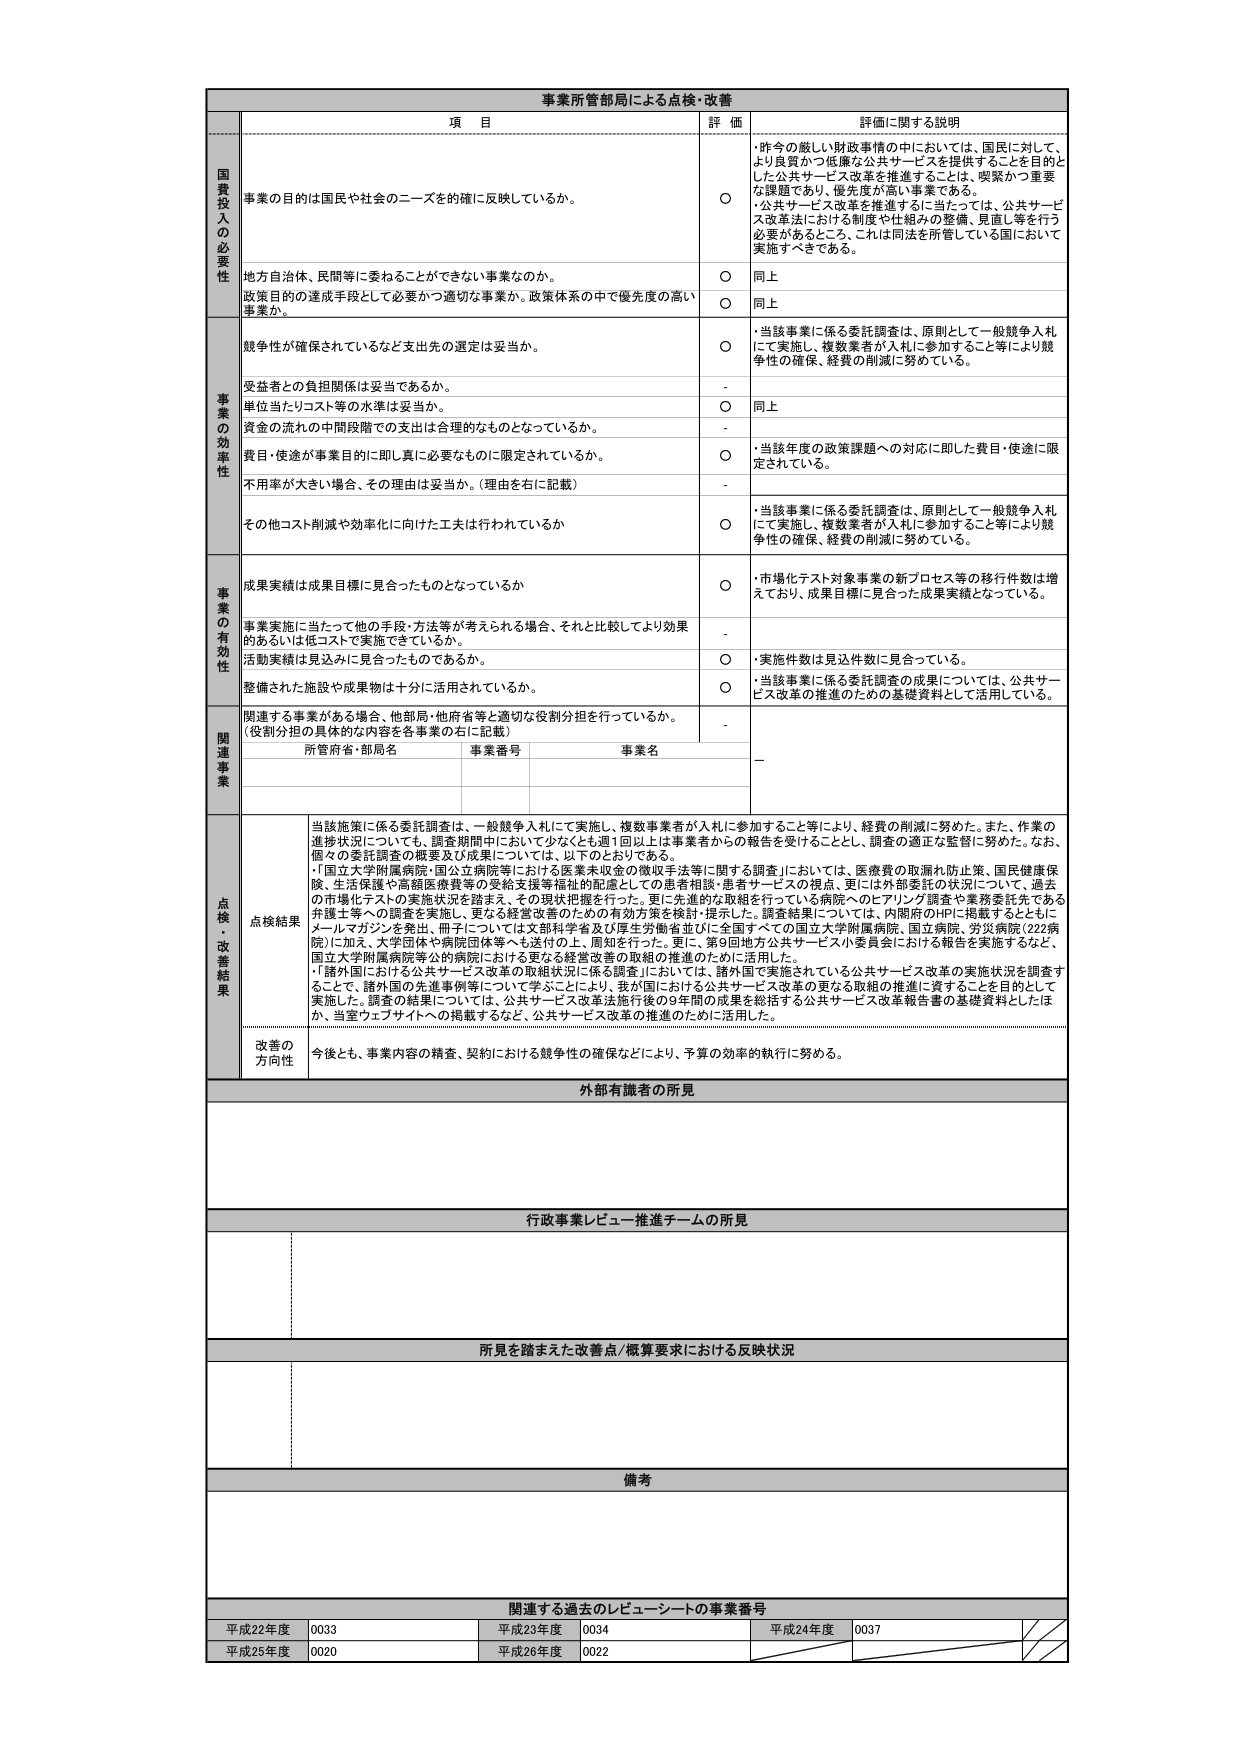
事業所管部局による点検・改善

項 目 詳 価 評価に関する説明

国費投入の必要性
事業の目的は国民と社会のニーズを的確に反映しているか。
○ ・昨今の厳しい財政事情の中においては、国民に対して、より良質かつ低廉な公共サービスを提供することを目的とした公共サービス改革を推進することは、喫緊かつ重要な課題であり、優先度が高い事業である。
・公共サービス改革を推進するに当たっては、公共サービス改革法における制度や仕組みの整備、見直し等を行う必要があるところ、これは同法を所管している国において実施すべきである。

地方自治体、民間等に委ねることができない事業なのか。
○ 同上

政策目的の達成手段として必要かつ適切な事業か。政策体系の中で優先度の高い事業か。
○ 同上

事業の効率性
競争性が確保されているなど支出先の選定は妥当か。
○ ・当該事業に係る委託調査は、原則として一般競争入札にて実施し、複数業者が入札に参加すること等により競争性の確保、経費の削減に努めている。

受益者との負担関係は妥当であるか。
-

単位当たりコスト等の水準は妥当か。
○ 同上

資金の流れの中間段階での支出は合理的なものとなっているか。
-

費用・使途が事業目的に即し、真に必要なものに限定されているか。
○ ・当該年度の政策課題への対応に即した費用・使途に限定されている。

不用率が大きい場合、その理由は妥当か。（理由を右に記載）
-

その他コスト削減や効率化に向けた工夫は行われているか
○ ・当該事業に係る委託調査は、原則として一般競争入札にて実施し、複数業者が入札に参加すること等により競争性の確保、経費の削減に努めている。

事業の有効性
成果実績は成果目標に見合ったものとなっているか
○ ・市場化テスト対象事業の新プロセス等の移行件数は増えており、成果目標に見合った成果実績となっている。

事業実施に当たって他の手段・方法等が考えられる場合、それと比較してより効果的あるいは低コストで実施できているか。
-

活動実績は見込みに見合ったものであるか。
○ ・実施件数は見込件数に見合っている。

整備された施設や成果物は十分に活用されているか。
○ ・当該事業に係る委託調査の成果については、公共サービス改革の推進のための基礎資料として活用している。

関連事業
関連する事業がある場合、他部局・他府省等と適切な役割分担を行っているか。
（役割分担の具体的な内容を各事業の右に記載）
-

所管府省・部局名 事業番号 事業名
-

点検・改善結果
点検結果
当該施策に係る委託調査は、一般競争入札にて実施し、複数事業者が入札に参加すること等により、経費の削減に努めた。また、作業の進捗状況についても、調査期間中において少なくとも週1回以上は事業者からの報告を受けることとし、調査の適正な監督に努めた。なお、個々の委託調査の概要及び成果については、以下のとおりである。
・「国立大学附属病院・国立立病院等における医療未収金の徴収手法等に関する調査」においては、医療費の取漏れ防止策、国民健康保険、生活保護や高額医療費等の受給支援等福祉的配慮としての患者相談・患者サービスの視点、更には外部委託の状況について、過去の市場化テストの実施状況を踏まえ、その現状把握を行った。更に先進的な取組を行っている病院へのヒアリング調査や業務委託先である弁護士等への調査を実施し、更なる経営改善のための有効方策を検討・提示した。調査結果については、内閣府のHPに掲載するとともにメールマガジンを発出、冊子については文部科学省及び厚生労働省並びに全国すべての国立大学附属病院、国立病院、労災病院（222病院）に加え、大学団体や病院団体等へも送付の上、周知を行った。更に、第9回地方公共サービス小委員会における報告を実施するなど、国立大学附属病院等公的病院における更なる経営改善の取組の推進のために活用した。
・「諸外国における公共サービス改革の取組状況に係る調査」においては、諸外国で実施されている公共サービス改革の実施状況を調査することで、諸外国の先進事例等について学ぶことにより、我が国における公共サービス改革の更なる取組の推進に資することを目的として実施した。調査の結果については、公共サービス改革法施行後の9年間の成果を総括する公共サービス改革報告書の基礎資料としたほか、当室ウェブサイトへの掲載するなど、公共サービス改革の推進のために活用した。

改善の方向性
今後とも、事業内容の精査、契約における競争性の確保などにより、予算の効率的執行に努める。

外部有識者の所見

行政事業レビュー推進チームの所見

所見を踏まえた改善点/概算要求における反映状況

備考

関連する過去のレビューシートの事業番号
平成22年度 0033 平成23年度 0034 平成24年度 0037
平成25年度 0020 平成26年度 0022